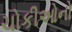
ચોકીઓનો